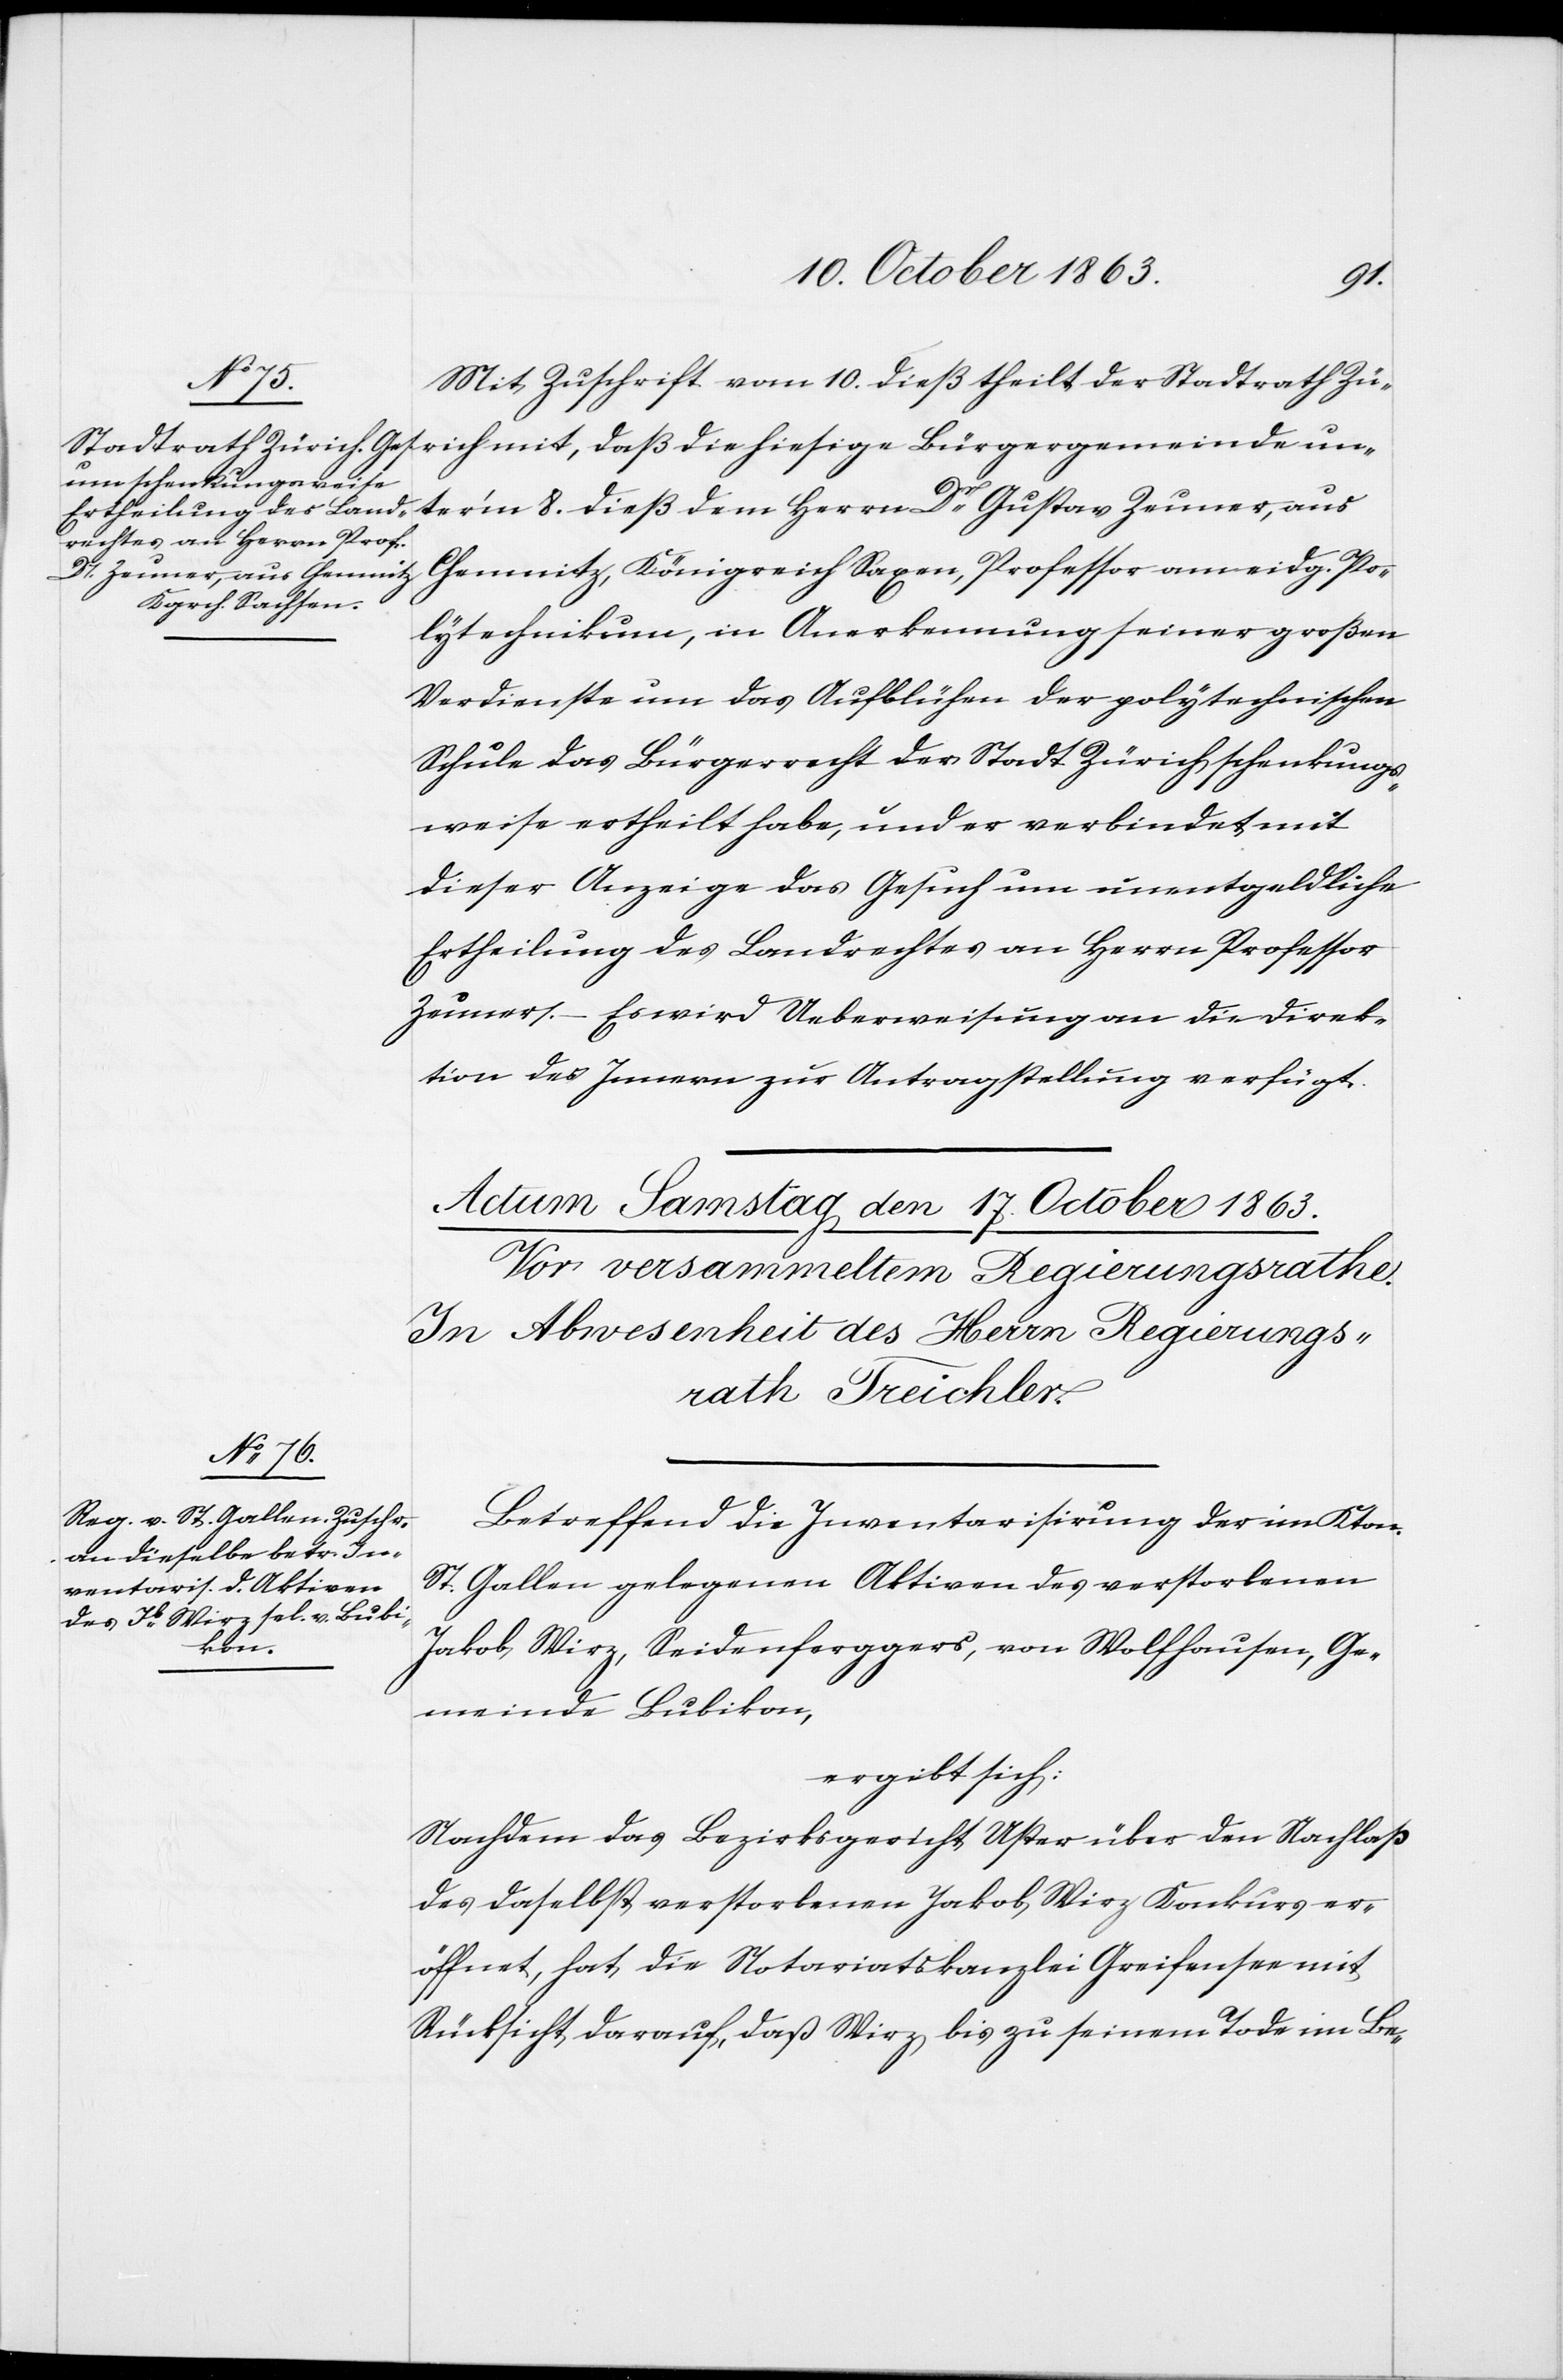
15. October 1863.]
ich
Mit Zuschrift vom 10. dieß theilt der Stadtrath Zür¬
unter'm 8. dieß dem Herrn Dr Gustav Zeuner, aus
Chemnitz, Königreich Saxen, Professor am eidg. Po¬
lytechnikum, in Anerkennung seiner großen
Verdienste um das Aufblühen der polytechnischen
Schule das Bürgerrecht der Stadt Zürich schenkungs¬
weise ertheilt habe, und er verbindet mit
dieser Anzeige das Gesuch um unentgeldliche
Ertheilung des Landrechtes an Herrn Professor
Zeuner. – Es wird Ueberweisung an die Direk¬
tion des Innern zur Antragstellung verfügt.
Betreffend die Inventarisirung der im Kton.
St. Gallen gelegenen Aktiven des verstorbenen
Jakob Wirz, Seidenferggers, von Wolfhausen, Ge¬
meinde Bubikon,
ergibt sich:
Nachdem das Bezirksgericht Uster über den Nachlaß
des daselbst verstorbenen Jakob Wirz Konkurs er¬
öffnet, hat die Notariatskanzlei Greifensee mit
Rücksicht darauf, daß Wirz bis zu seinem Tode im Be-